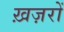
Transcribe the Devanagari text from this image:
ख़ज़रों